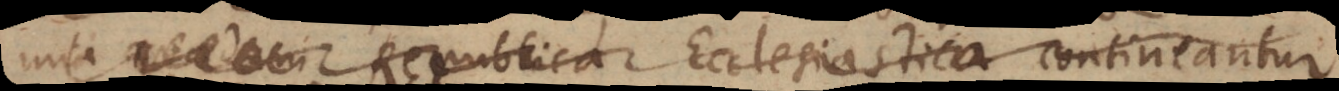
una quadam Republica Ecclesiastica contineantur